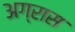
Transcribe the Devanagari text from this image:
अग्रास